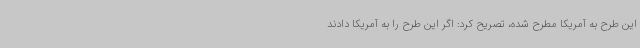
این طرح به آمریکا مطرح شده، تصریح کرد: اگر این طرح را به آمریکا دادند